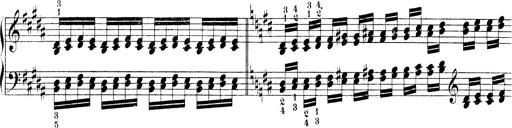
Title: Technische Studien
Composer: Franz Liszt